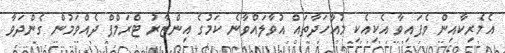
އެމެރިކާއިން ވެފައިވާ އެކިއެކި މުއާހަދާތައް އުވާލައްވާނެ ކަމުގެ އިންޒާރު ޓްރަމްޕް ދެއްވަމުން ގެންދަވާ